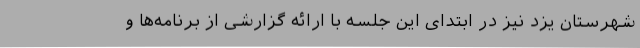
شهرستان یزد نیز در ابتدای این جلسه با ارائه گزارشی از برنامه‌ها و